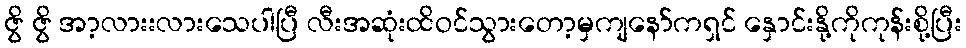
ဇွိ ဇွိ အာ့လားးလားသေပါပြီ လီးအဆုံးထိဝင်သွားတော့မှကျနော်ကရှင် နှောင်းနို့ကိုကုန်းစို့ပြီး